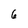
Character: 6